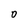
Character: 0